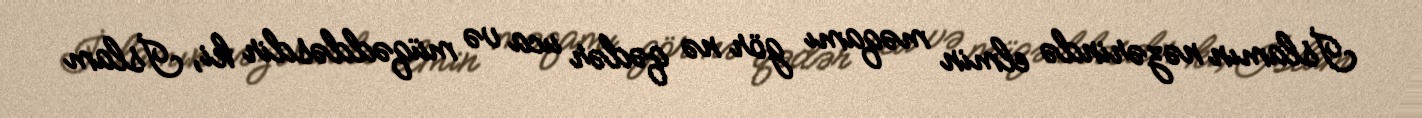
İslamın nəzərində elmin məqamı gör nə qədər uca və müqəddəsdir ki, İslam